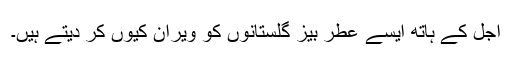
اجل کے ہاتھ ایسے عطر بیز گلستانوں کو ویران کیوں کر دیتے ہیں۔